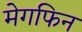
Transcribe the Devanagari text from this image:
मेगफिन